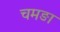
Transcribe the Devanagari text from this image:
चमङा